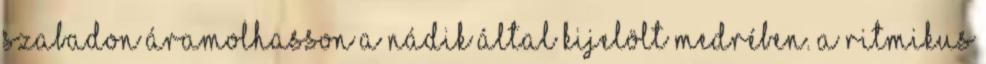
szabadon áramolhasson a nádik által kijelölt medrében. A ritmikus